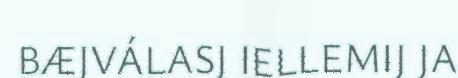
BÆJVÁLASJ IELLEMIJ JA